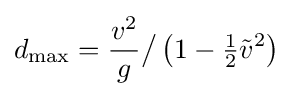
d_{\mathrm {max} }={\frac {v^{2}}{g}}{\big /}\left(1-{\tfrac {1}{2}}{\tilde {v}}^{2}\right)